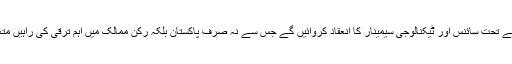
او آئی سی کے تحت سائنس اور ٹیکنالوجی سیمینار کا انعقاد کروائیں گے جس سے نہ صرف پاکستان بلکہ رکن ممالک میں اہم ترقی کی راہیں متعین ہوں گی۔